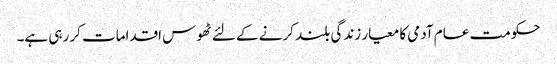
حکومت عام آدمی کا معیار زندگی بلند کرنے کے لئے ٹھوس اقدامات کر رہی ہے۔